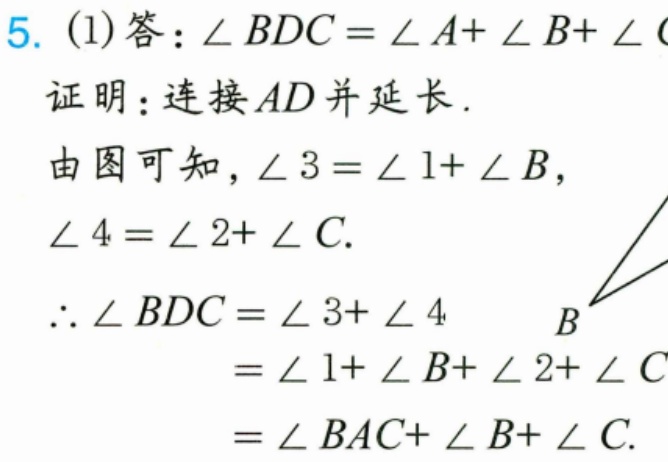
5. (1)答：\(\angle BDC=\angle A + \angle B+\angle C\)
证明：连接 \(AD\)并延长.
由图可知，\(\angle 3=\angle 1+\angle B\)，
\(\angle 4=\angle 2+\angle C\).
\(\therefore\angle BDC=\angle 3 + \angle 4\)
\(=\angle 1+\angle B+\angle 2+\angle C\)
\(=\angle BAC+\angle B+\angle C\).